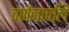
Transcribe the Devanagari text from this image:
वर्णनावलि